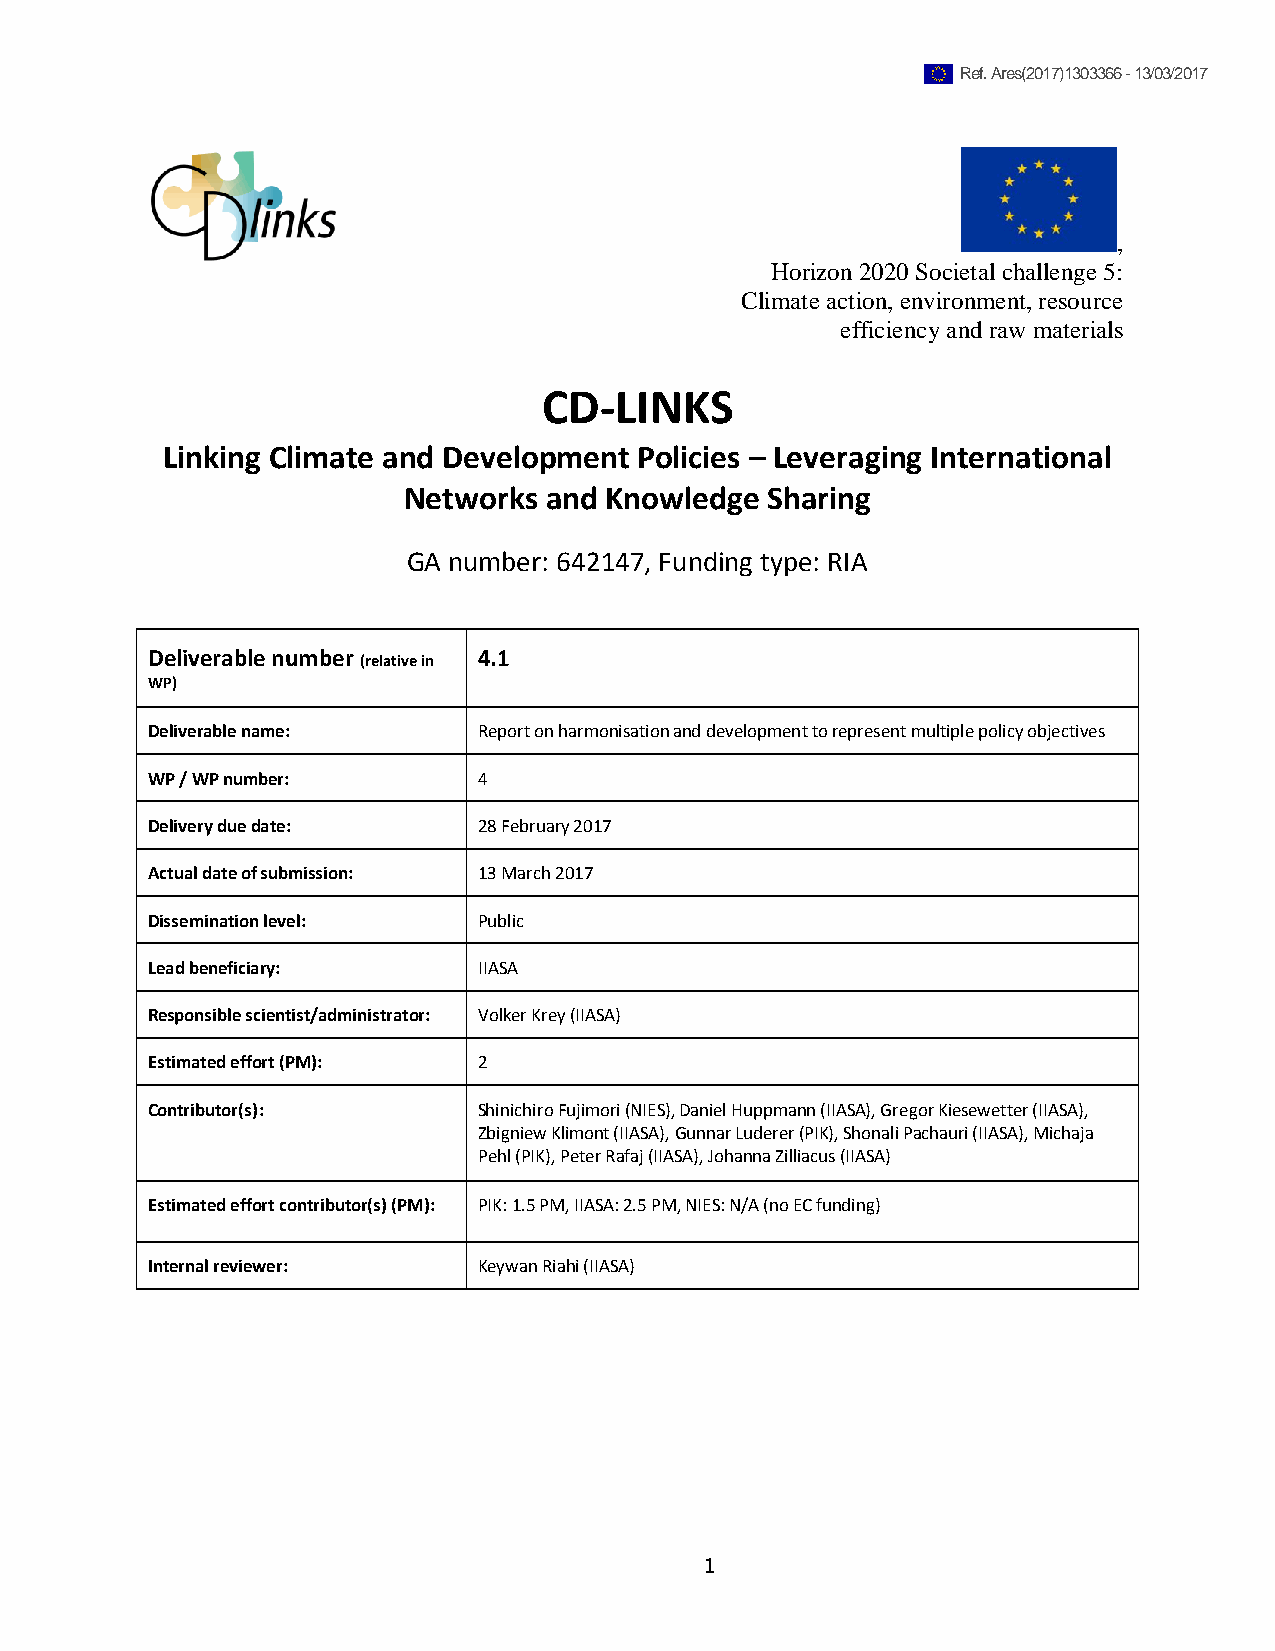
Ref. Ares(2017)1303366 - 13/03/2017
 ,
 Horizon 2020 Societal challenge 5:
 Climate action, environment, resource
 efficiency and raw materials
 CD-LINKS
 Linking Climate and Development Policies – Leveraging International
 Networks and Knowledge  Sharing
 GA number: 642147, Funding type: RIA
 Deliverable number    4.1
 (relative in
 WP)
 Deliverable name:     Report on harmonisation and development to represent multiple policy objectives
 WP / WP number:       4
 Delivery due date:    28 February 2017
 Actual date of submission: 13 March 2017
 Dissemination level:  Public
 Lead beneficiary:     IIASA
 Responsible scientist/administrator: Volker Krey (IIASA)
 Estimated effort (PM): 2
 Contributor(s):       Shinichiro Fujimori (NIES), Daniel Huppmann (IIASA), Gregor Kiesewetter (IIASA),
 Zbigniew Klimont (IIASA), Gunnar Luderer (PIK), Shonali Pachauri (IIASA), Michaja
 Pehl (PIK), Peter Rafaj (IIASA), Johanna Zilliacus (IIASA)
 Estimated effort contributor(s) (PM): PIK: 1.5 PM, IIASA: 2.5 PM, NIES: N/A (no EC funding)
 Internal reviewer:    Keywan Riahi (IIASA)
 1